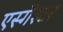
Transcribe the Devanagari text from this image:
एस्गैस्टर